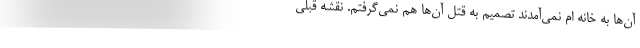
آن‌ها به خانه ام نمی‌آمدند تصمیم به قتل آن‌ها هم نمی‌گرفتم. نقشه قبلی